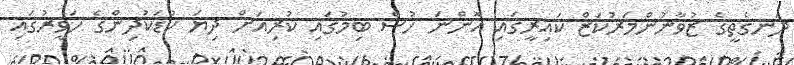
ދަނގެތީގެ ޒުވާނުންމަރުކަޒް ކައިރީގައި އޮންނަ ހުސް ބިމުގައި ކުރިއަށް ދިޔަ ކުޑަކުދިންގެ ހަވީރުގައި